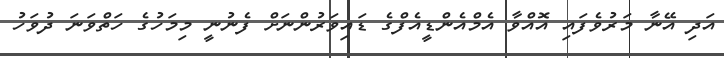
އަދި އޭނާ މަރުވެފައި އޮއްވާ އެމްއެންޑީއެފްގެ ޑައިވަރުންނަށް ފެނުނީ މިމަހުގެ ހަތްވަނަ ދުވަހު